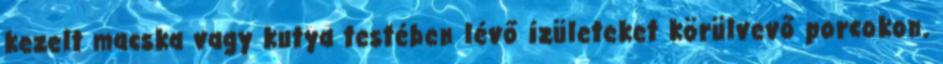
kezelt macska vagy kutya testében lévő ízületeket körülvevő porcokon.